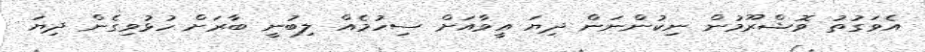
އެވަގުތު ވޮޝްރޫމުން ނިކުންނަން ދިޔަ އީވާއަށް ސިހުމެއް ލިބުނީ ބާރަށް ހުޅުވިގެން ދިޔަ